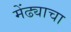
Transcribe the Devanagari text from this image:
मेंढ्याचा